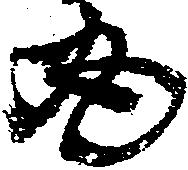
丸